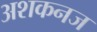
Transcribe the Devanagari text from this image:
अशकनज